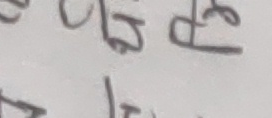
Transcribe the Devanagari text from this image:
लकाडापौ